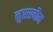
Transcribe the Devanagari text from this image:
नुस्सबौम